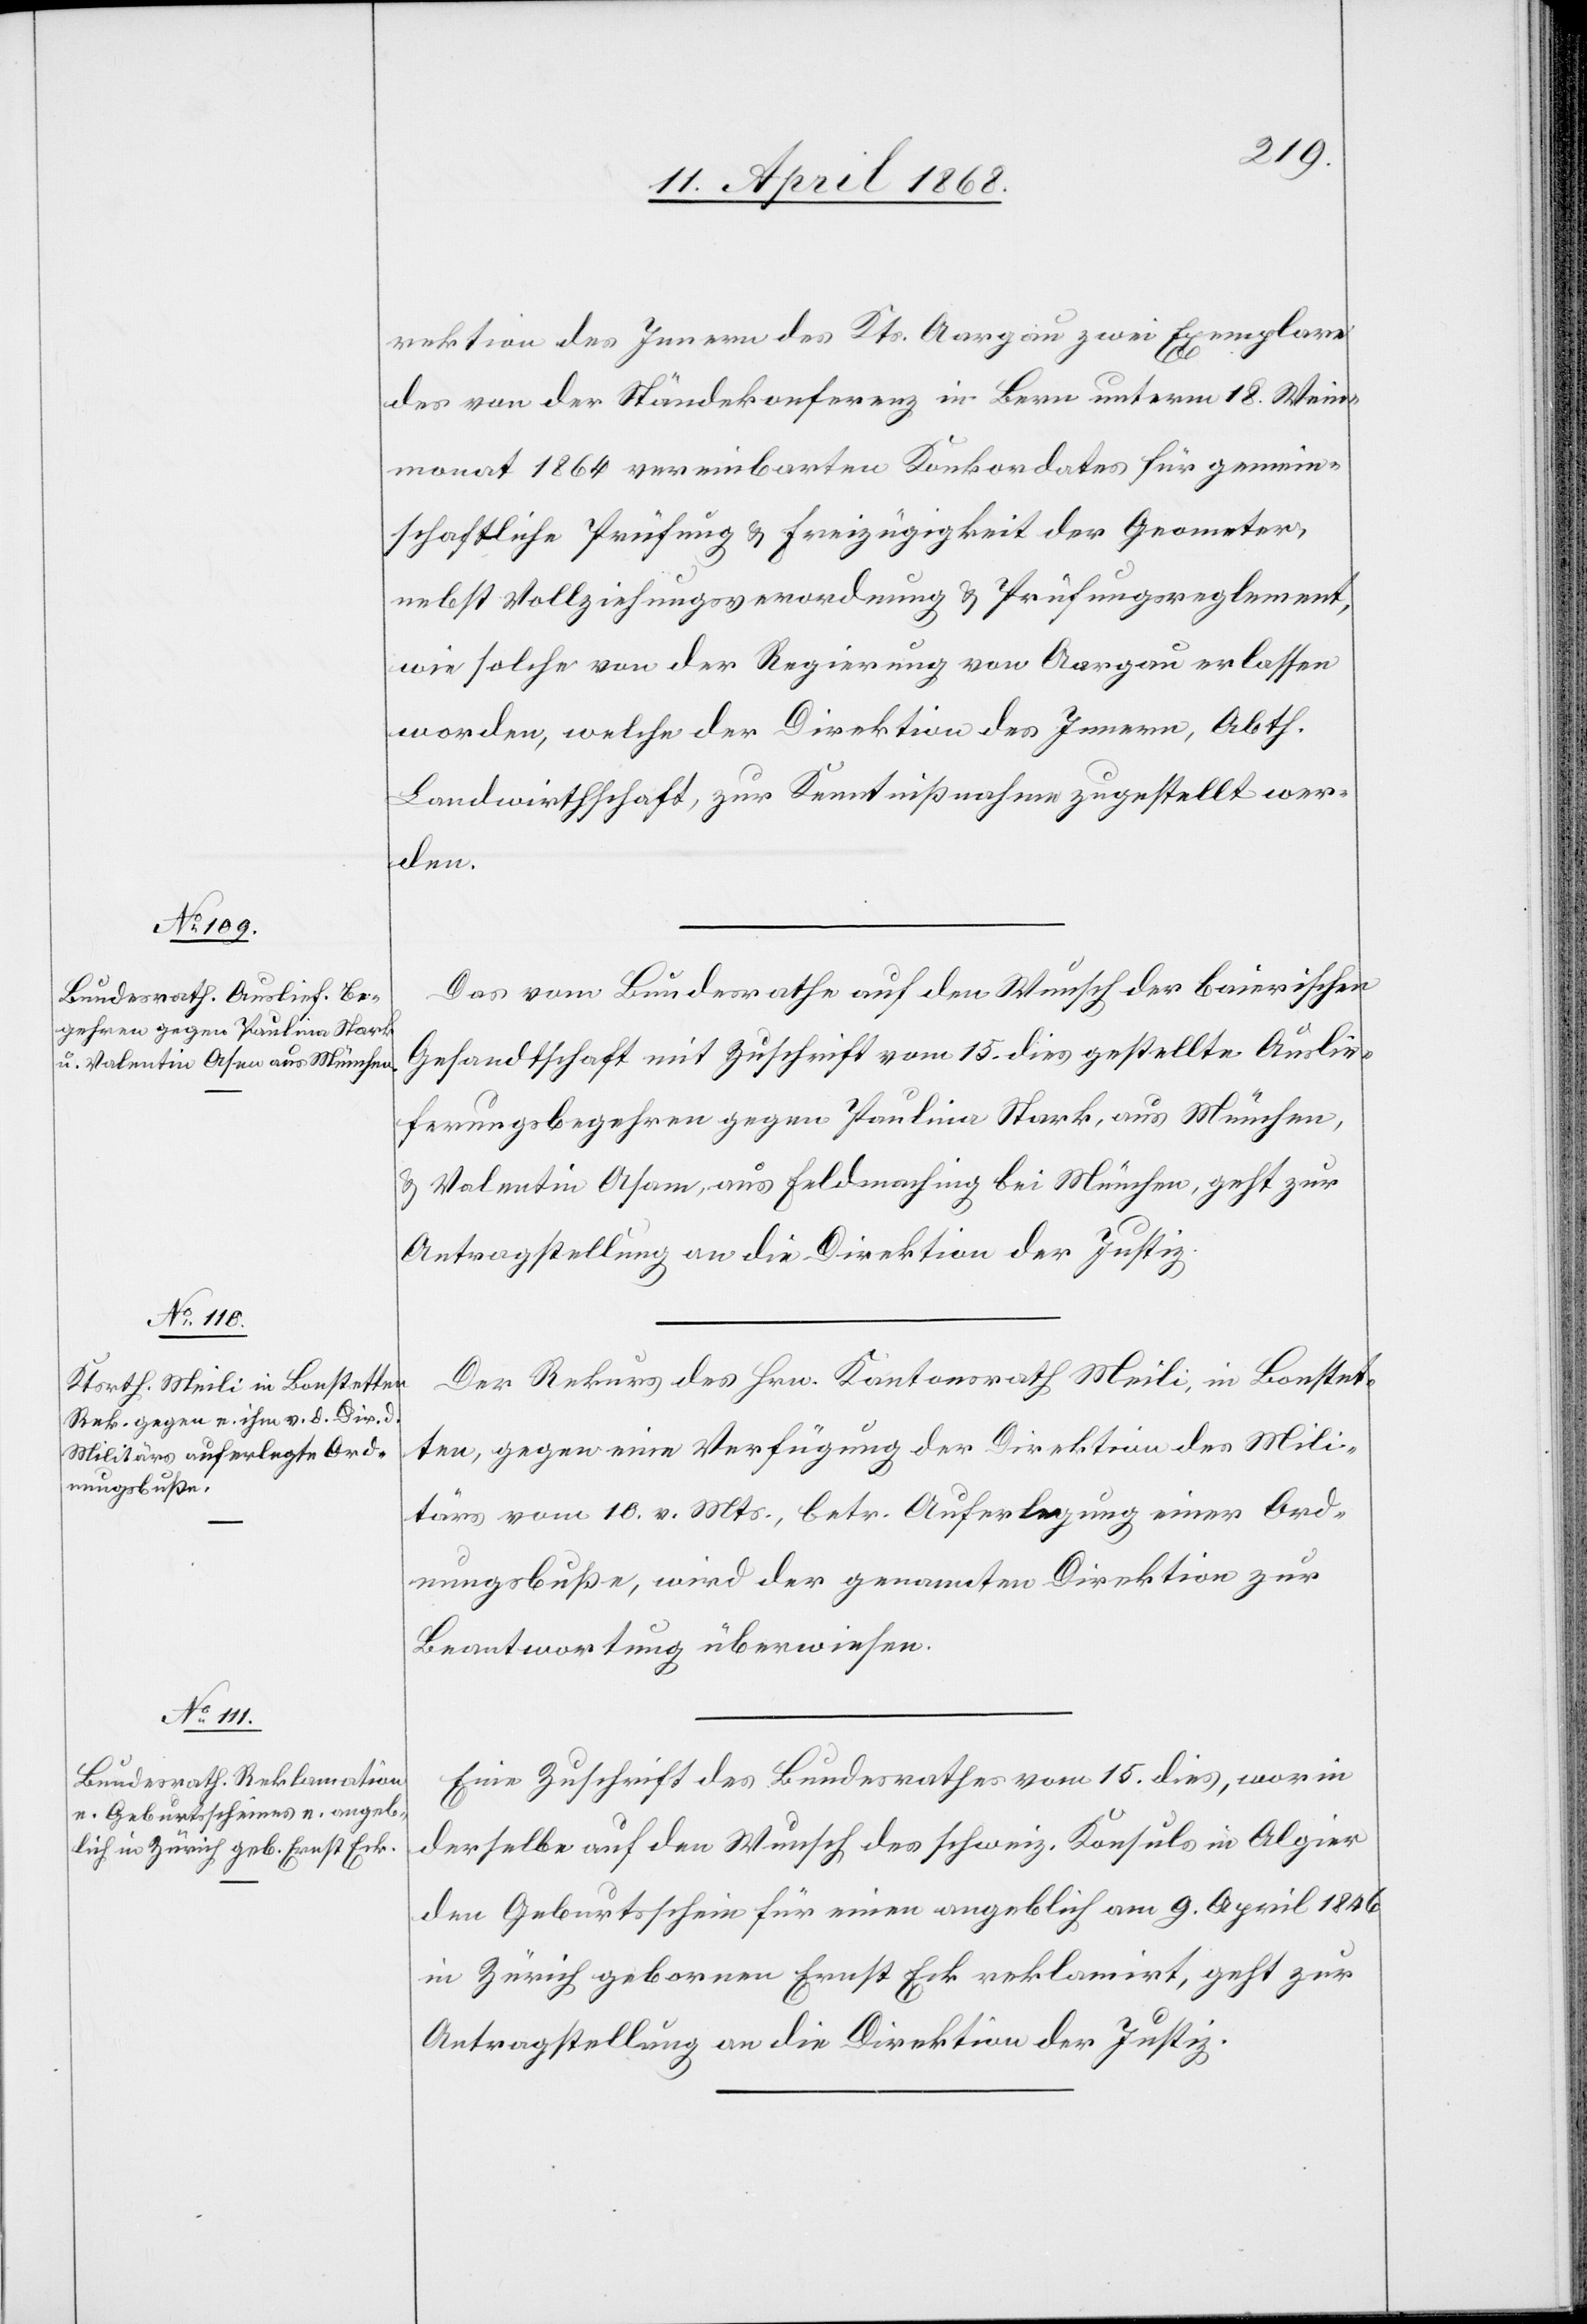
17. April 1868.]
rektion des Innern des Kts. Aargau zwei Exemplare
des von der Ständekonferenz in Bern unterm 18. Wein¬
monat 1864 vereinbarten Konkordates für gemein¬
schaftliche Prüfung & Freizügigkeit der Geometer,
nebst Vollziehungsverordnung & Prüfungsreglement,
wie solche von der Regierung von Aargau erlassen
worden, welche der Direktion des Innern, Abth.
Landwirthschaft, zur Kenntnißnahme zugestellt wer¬
den.
Das vom Bundesrathe auf den Wunsch der baierischen
Gesandtschaft mit Zuschrift vom 15. dies gestellte Auslie¬
ferungsbegehren gegen Paulina Stark, aus München,
& Valentin Asam [sic!], aus Feldmaching bei München, geht zur
Antragstellung an die Direktion der Justiz.
Der Rekurs des Hrn. Kantonsrath Meili, in Bonstet¬
ten, gegen eine Verfügung der Direktion des Mili¬
tärs vom 10. v. Mts., betr. Auferlegung einer Ord¬
nungsbuße, wird der genannten Direktion zur
Beantwortung überwiesen.
Eine Zuschrift des Bundesrathes vom 15. dies, worin
derselbe auf den Wunsch des schweiz. Konsuls in Algier
den Geburtsschein für einen angeblich am 9. April 1846
in Zürich gebornen Ernst Eck reklamirt, geht zur
Antragstellung an die Direktion der Justiz.